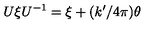
U \xi U ^ { - 1 } = \xi + ( k ^ { \prime } / 4 \pi ) \theta